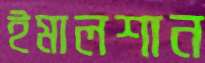
ইমালশান